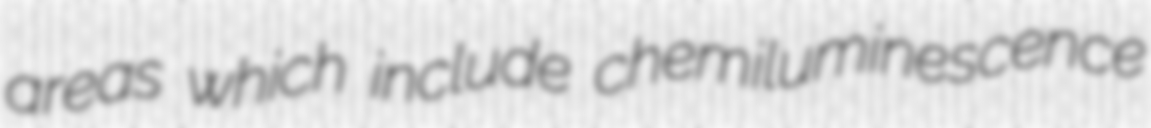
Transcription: areas which include chemiluminescence